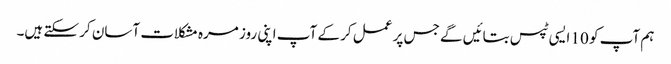
ہم آپ کو 10 ایسی ٹپس بتائیں گے جس پر عمل کر کے آپ اپنی روز مرہ مشکلات آسان کر سکتے ہیں۔